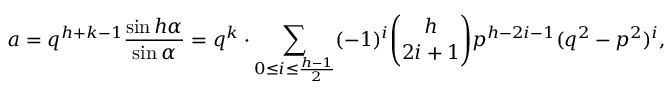
a = q ^ { h + k - 1 } { \frac { \sin h \alpha } { \sin \alpha } } = q ^ { k } \cdot \sum _ { 0 \leq i \leq { \frac { h - 1 } { 2 } } } ( - 1 ) ^ { i } { \binom { h } { 2 i + 1 } } p ^ { h - 2 i - 1 } ( q ^ { 2 } - p ^ { 2 } ) ^ { i } ,